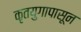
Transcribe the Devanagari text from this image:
कृतयुगापासून